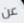
عن